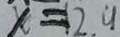
x = 1 2 . 9